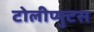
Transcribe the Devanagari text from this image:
टोलीप्युटस